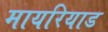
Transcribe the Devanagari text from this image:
मायरियाड